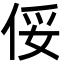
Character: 俀